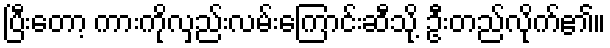
ပြီးတော့ ကားကိုလှည်းလမ်းကြောင်းဆီသို့ ဦးတည်လိုက်၏။